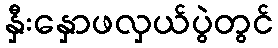
နှီးနှောဖလှယ်ပွဲတွင်